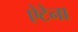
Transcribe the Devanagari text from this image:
ऐटेना